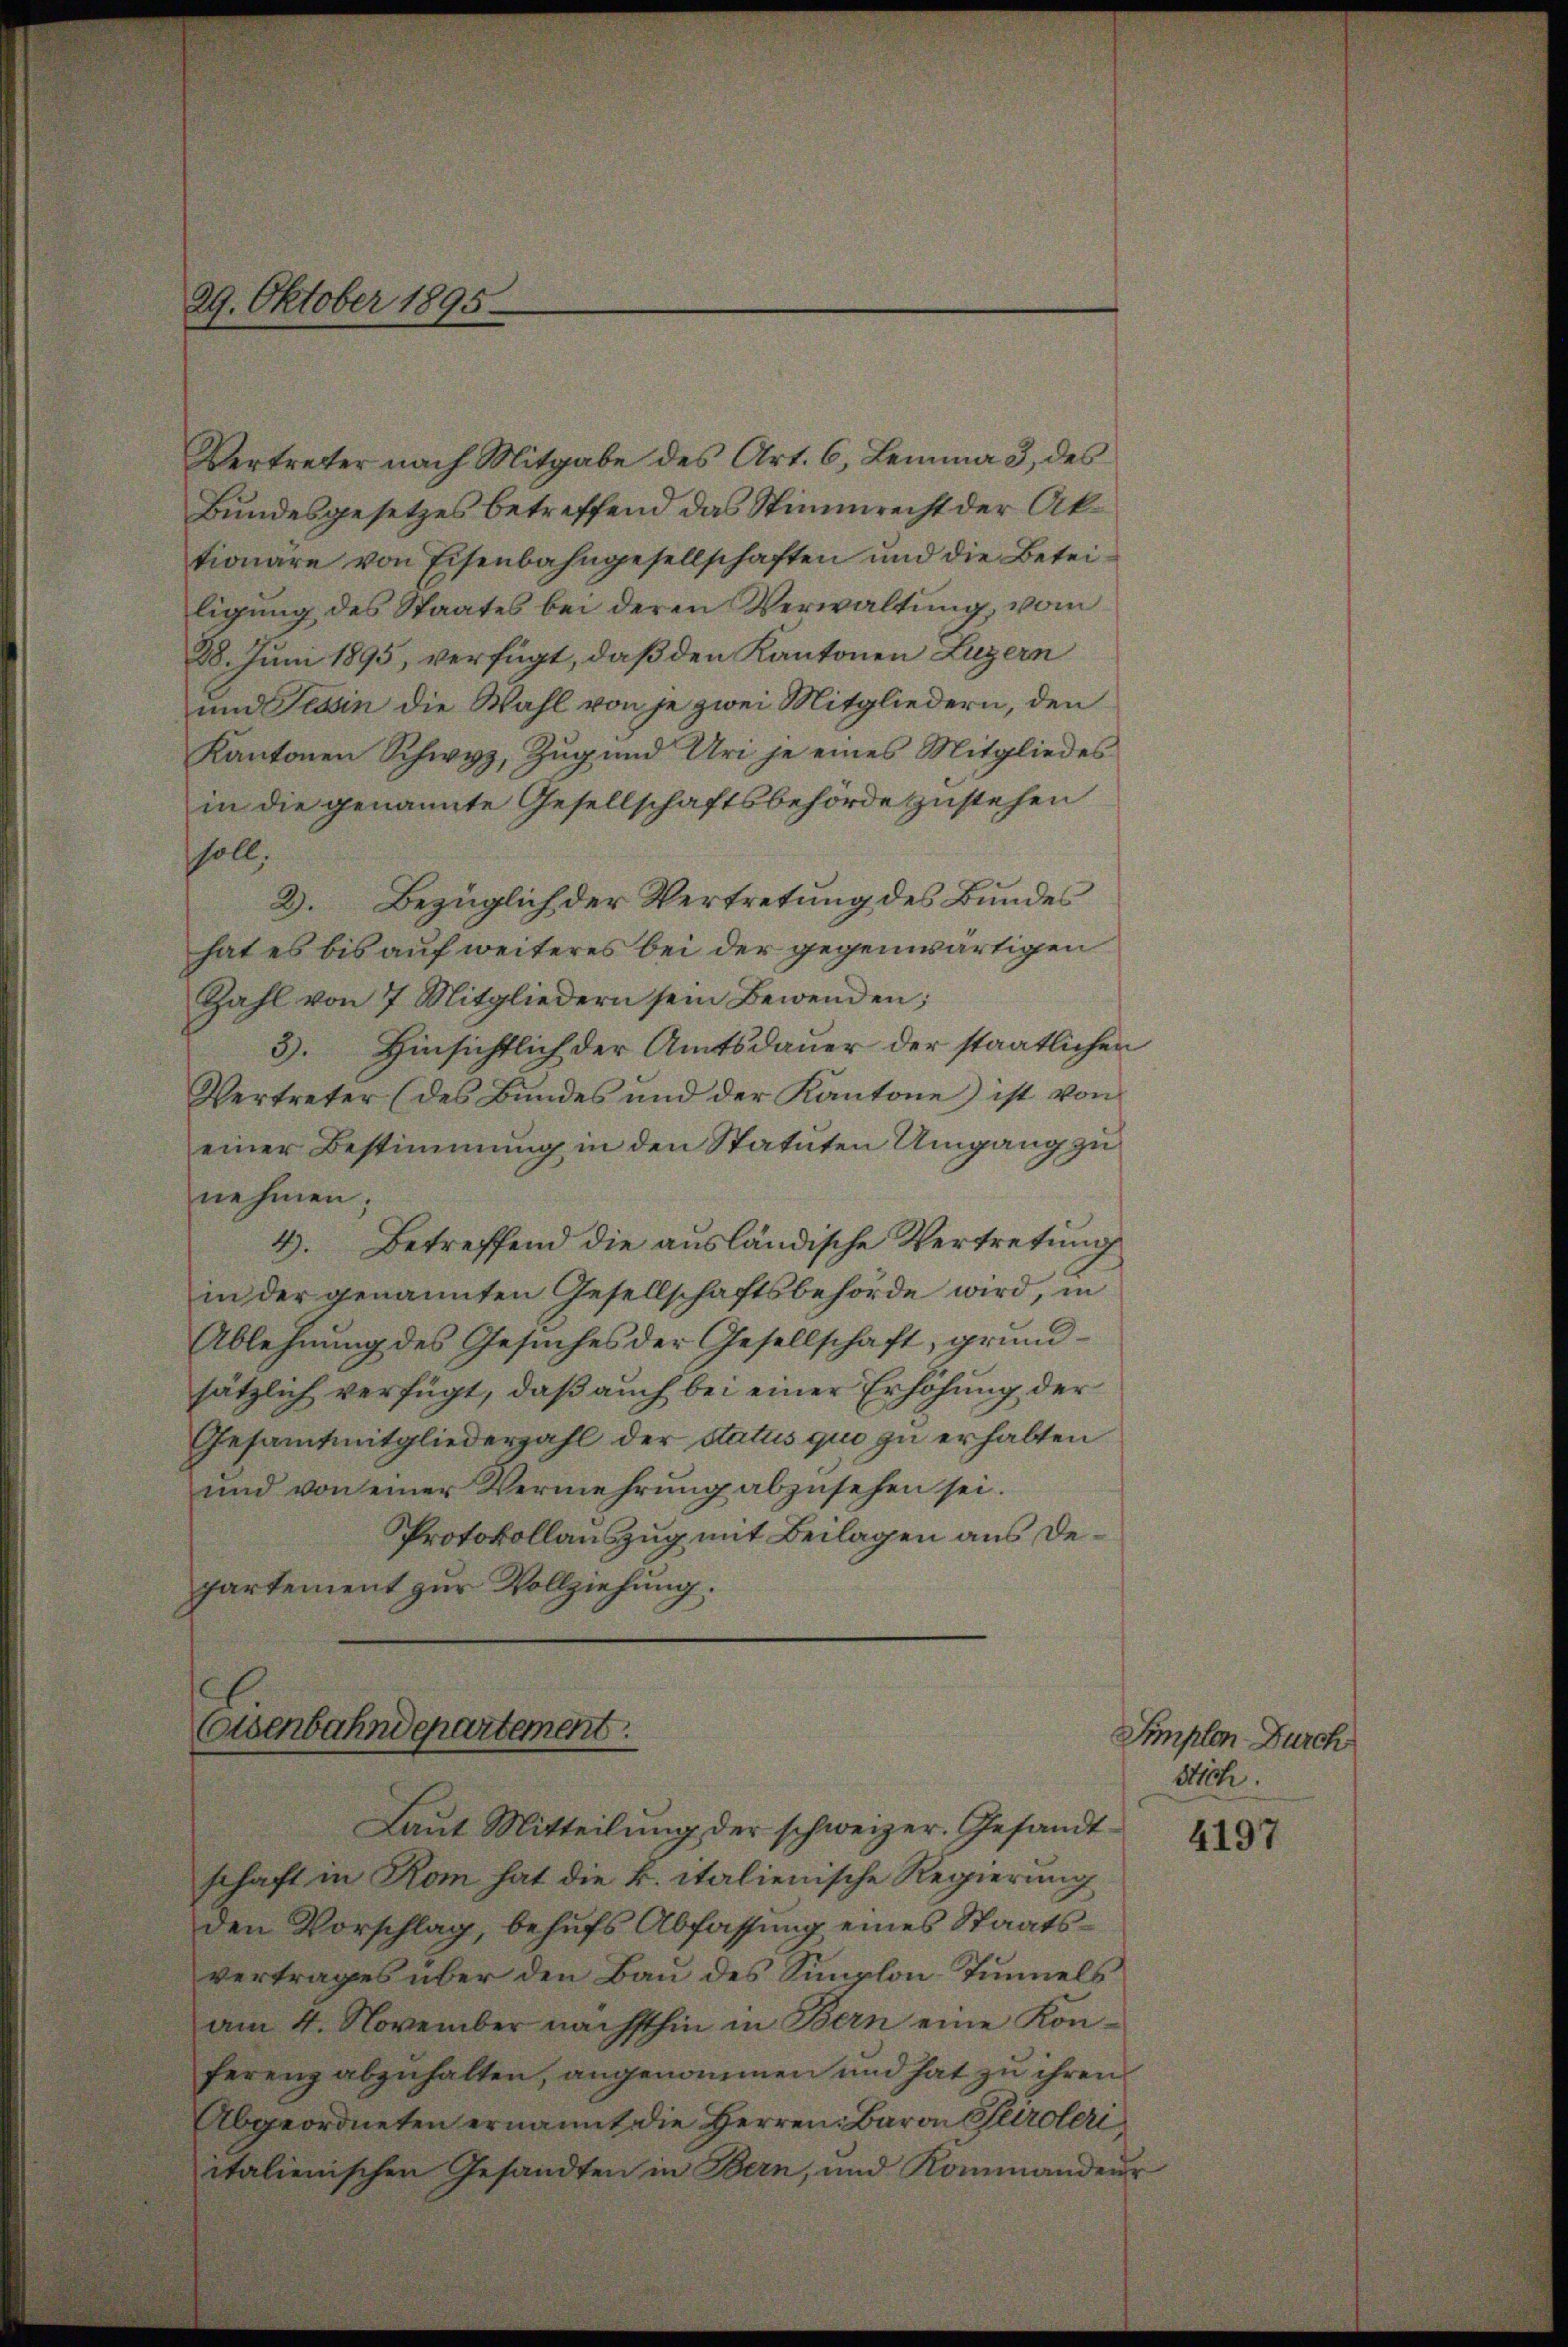
29. Oktober 1895

soll.
Zahl von 7 Mitgliedern sein Bewenden;
3. Hinsichtlich der Amtsdauer der staatlichen
Vertreter (des Bundes und der Kantone ist von
einer Bestimmung in den Statuten Umgang zu
nehmen;
4. Betreffend die ausländische Vertretung
in der genannten Gesellschaftsbehörde wird, in
Ablehnŭng des Gesŭches der Gesellschaft, grund-
sätzlich verfügt, daß auch bei einer Erhöhung der
Gesamtmitgliederzahl der Status quo zu erhalten
und von einer Vermehrŭng abzŭsehen sei.
Protokollauszug mit Beilagen aus Departement zur Vollziehung.

Vertreter nach Mitgabe des Art. 6, Lemma 3 des
Bundesgesetzes betreffend das Stimmrecht der Aktionäre von Eisenbahngesellschaften und die Betei-
ligŭng des Staates bei deren Verwaltŭng, vom
28. Juni 1895, verfügt, daß den Kantonen Luzern
und Tessin die Wahl von je zwei Mitgliedern, den
Kantonen Schwyz, Zŭg und Uri je eines Mitgliedes
in die genannte Gesellschaftsbehörde zustehen
2. Bezüglich der Vertretung des Bundes
hat es bis auf weiteres bei der gegenwärtigen

(asenbahndepartement
Laŭt Mitteilŭng der schweizer. Gesandt¬

schaft in Rom hat die k. italienische Regierung
den Vorschlag, behufs Abfassung eines Staatsvertrages über den Bau des Simplon Tunnels
am 4. November nächsthin in Bern eine Kon-
ferenz abzuhalten, angenommen und hat zu ihren
Abgeordneten ernannt die Herren: Baron Tiroleriitalienischen Gesandten in Bern, und Kommandeŭr

Simplen Durch
Mich.

4197